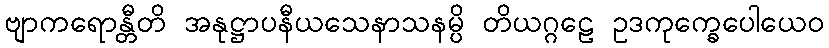
ဗျာကရောန္တီတိ အနုဋ္ဌာပနီယသေနာသနမ္ပိ တိယဂ္ဂဠေ ဥဒကုက္ခေပေါယေဝ